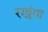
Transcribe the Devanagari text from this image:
रखूंगा